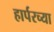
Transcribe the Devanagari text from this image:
हार्परच्या